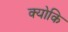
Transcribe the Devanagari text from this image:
क्‍योकि